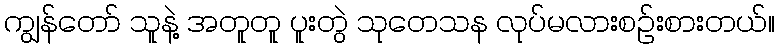
ကျွန်တော် သူနဲ့ အတူတူ ပူးတွဲ သုတေသန လုပ်မလားစဉ်းစားတယ်။